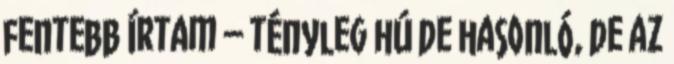
fentebb írtam – tényleg hú de hasonló, de az